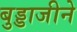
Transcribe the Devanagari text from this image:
बुड्डाजीने